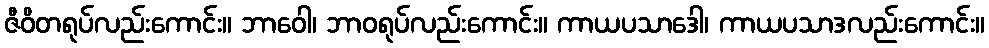
ဇီဝိတရုပ်လည်းကောင်း။ ဘာဝေါ၊ ဘာဝရုပ်လည်းကောင်း။ ကာယပသာဒေါ၊ ကာယပသာဒလည်းကောင်း။